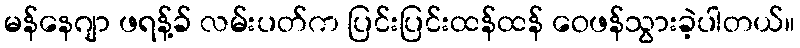
မန်နေဂျာ ဖရန့်ခ် လမ်းပတ်က ပြင်းပြင်းထန်ထန် ဝေဖန်သွားခဲ့ပါတယ်။